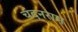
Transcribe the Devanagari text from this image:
चंदनराम